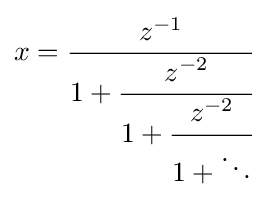
x={\cfrac {z^{-1}}{1+{\cfrac {z^{-2}}{1+{\cfrac {z^{-2}}{1+\ddots }}}}}}